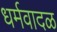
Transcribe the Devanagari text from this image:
धर्मवादळ